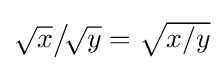
{\textstyle {\sqrt {x{\vphantom {ty}}}}{\big /}\!{\sqrt {y{\vphantom {ty}}}}={\sqrt {x/y}}}